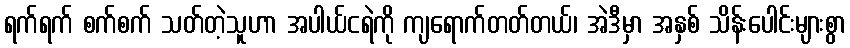
ရက်ရက် စက်စက် သတ်တဲ့သူဟာ အပါယ်ငရဲကို ကျရောက်တတ်တယ်၊ အဲဒီမှာ အနှစ် သိန်းပေါင်းများစွာ